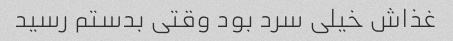
غذاش خیلی سرد بود وقتی بدستم رسید